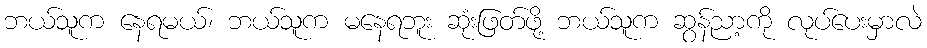
ဘယ်သူက နေရမယ်၊ ဘယ်သူက မနေရဘူး ဆုံးဖြတ်ဖို့ ဘယ်သူက ဆွန်ညာ့ကို လုပ်ပေးမှာလဲ